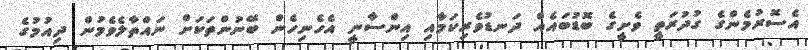
އެސޮރުމެންގެ ގުދުރަތީ ވެށީގެ ބޮޑުބައެއް ދަނޑުވެރިކަމާއި އިންސާނީ އެހެނިހެން ބޭނުންތަކަށް ނައްތާލެވެމުން ދިއުމުގެ